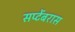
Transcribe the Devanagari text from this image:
सप्टेंबरास